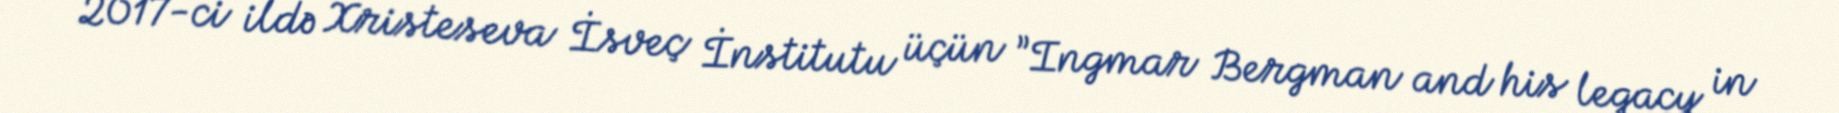
2017-ci ildə Xristeseva İsveç İnstitutu üçün ”Ingmar Bergman and his legacy in